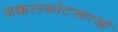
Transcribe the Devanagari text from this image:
अक्कलकोटसारखी